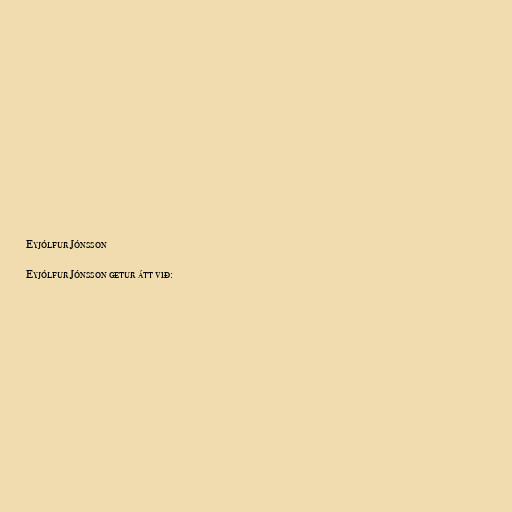
Eyjólfur Jónsson

Eyjólfur Jónsson getur átt við: